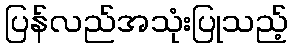
ပြန်လည်အသုံးပြုသည့်